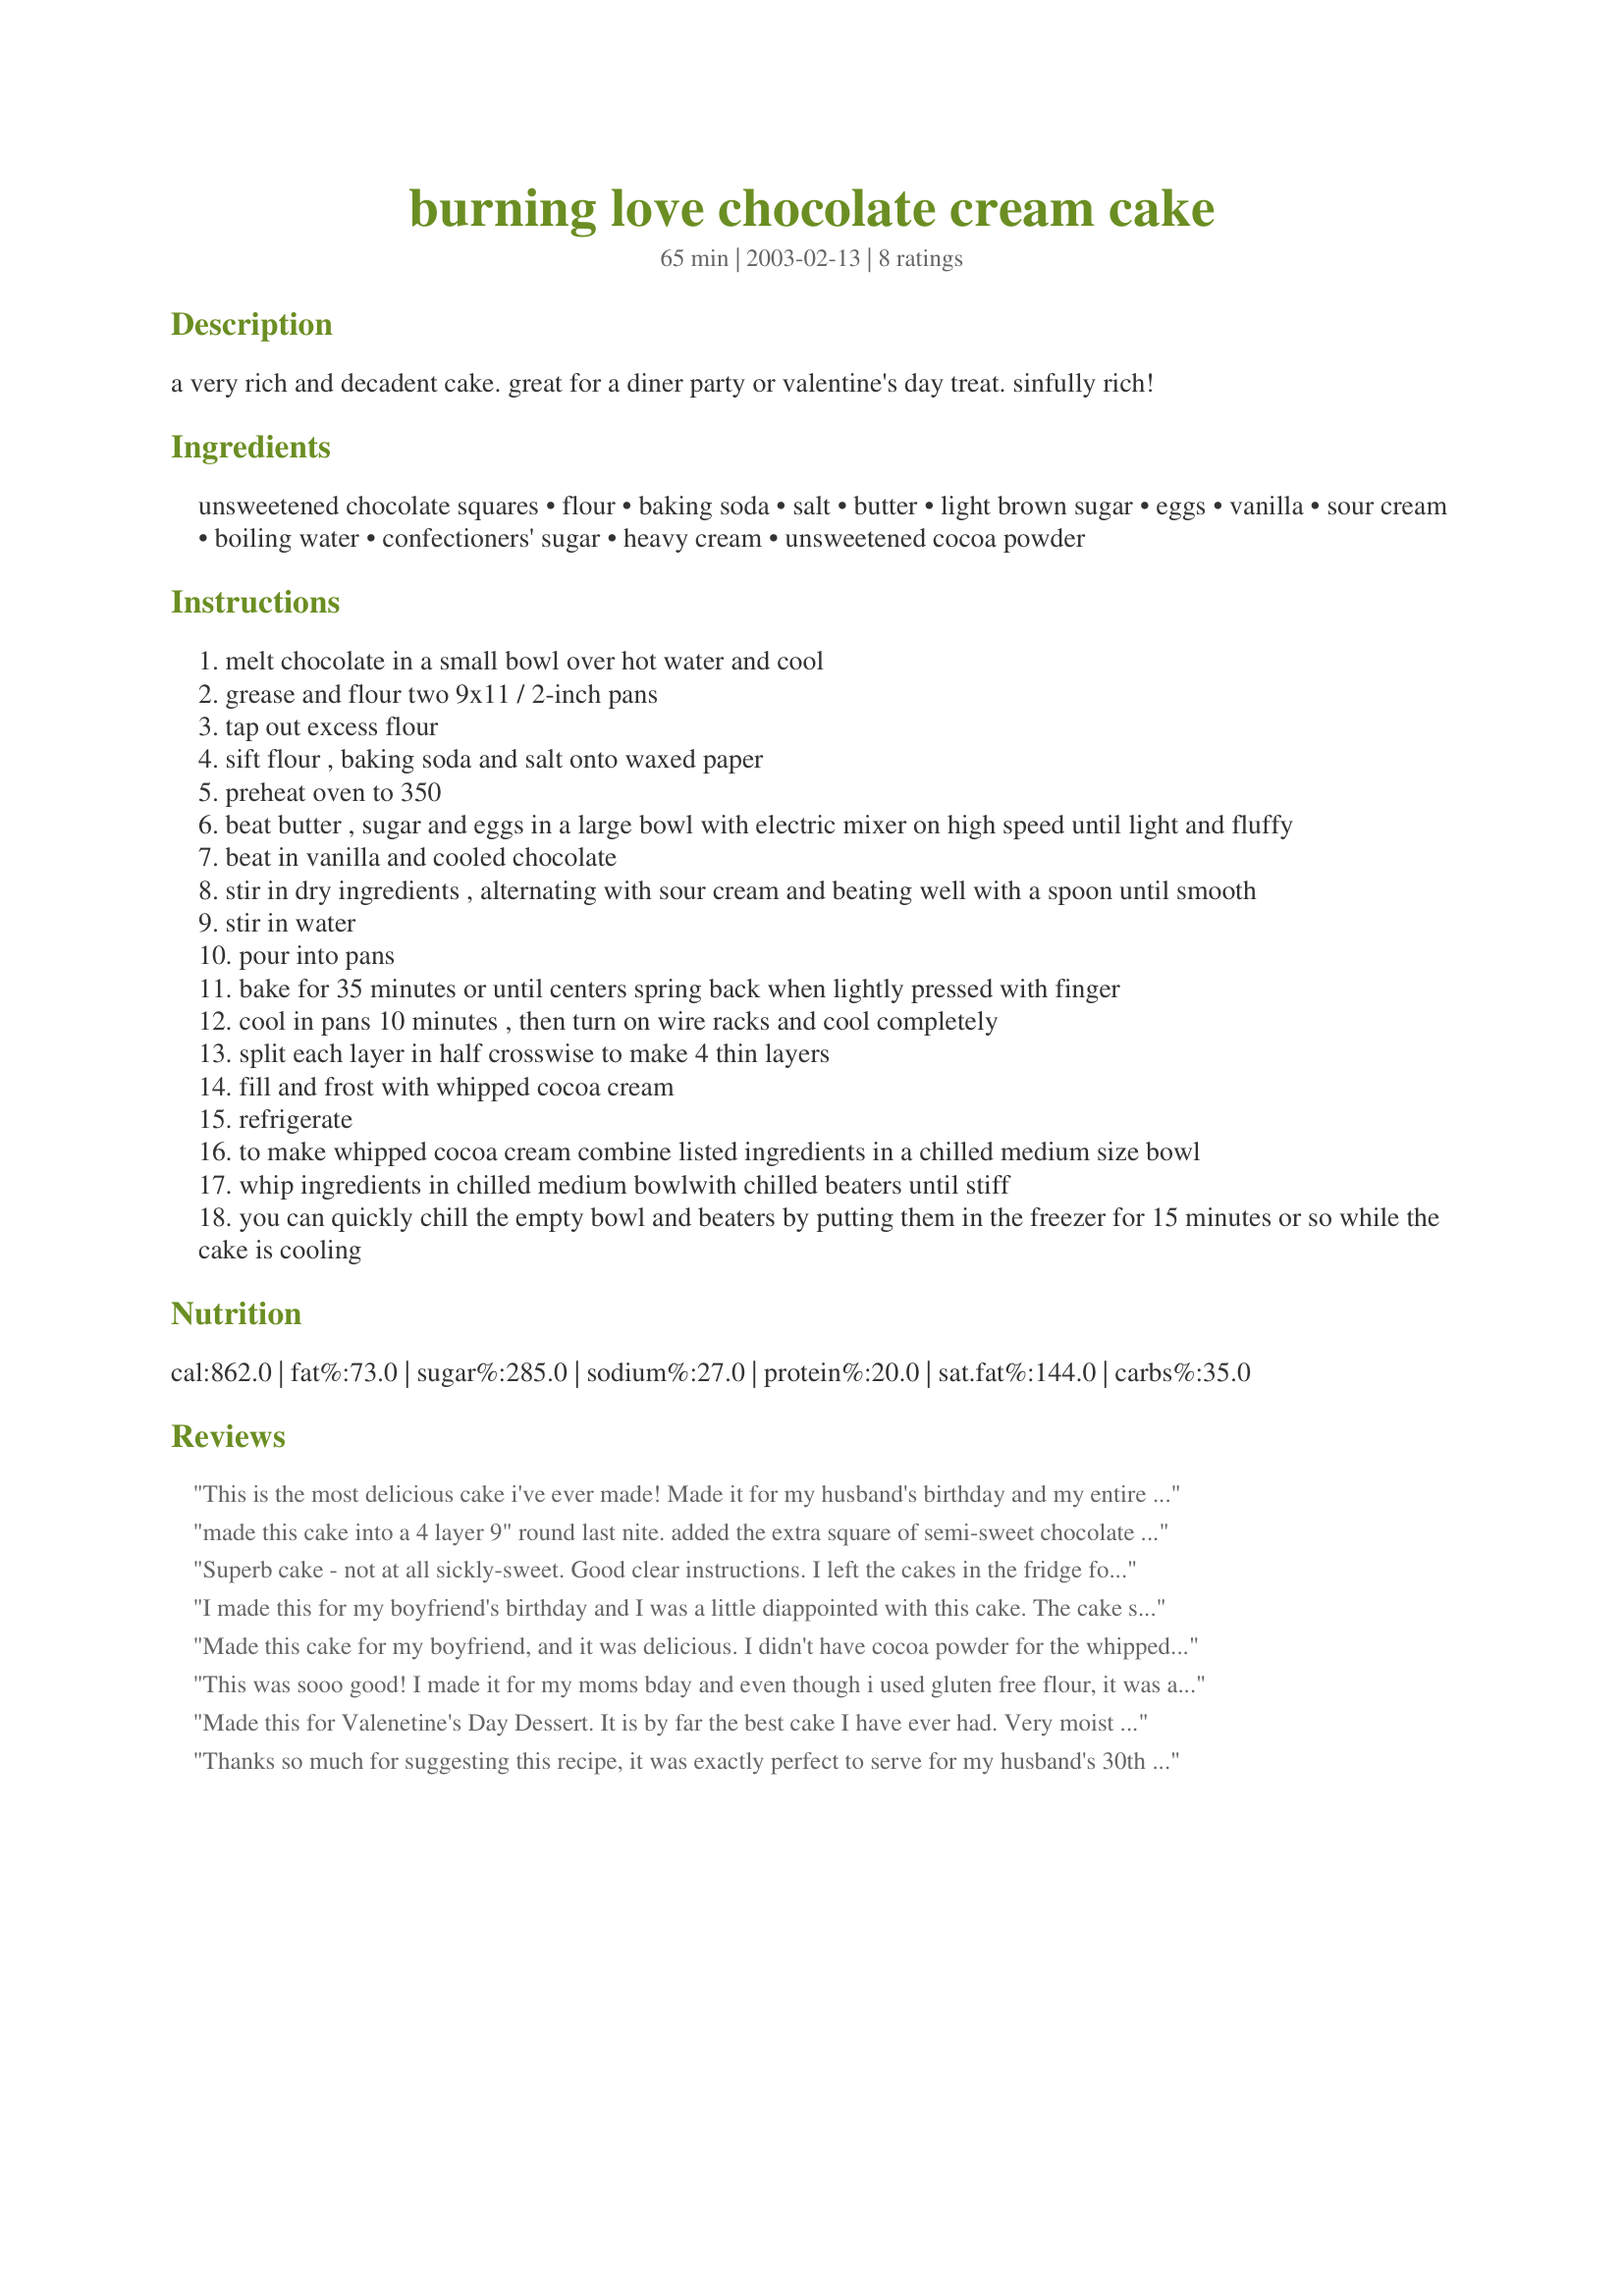
burning love chocolate cream cake
Preparation time: 65 minutes

a very rich and decadent cake. great for a diner party or valentine's day treat. sinfully rich!

Ingredients:
unsweetened chocolate squares, flour, baking soda, salt, butter, light brown sugar, eggs, vanilla, sour cream, boiling water, confectioners' sugar, heavy cream, unsweetened cocoa powder

Steps:
melt chocolate in a small bowl over hot water and cool
grease and flour two 9x11 / 2-inch pans
tap out excess flour
sift flour , baking soda and salt onto waxed paper
preheat oven to 350
beat butter , sugar and eggs in a large bowl with electric mixer on high speed until light and fluffy
beat in vanilla and cooled chocolate
stir in dry ingredients , alternating with sour cream and beating well with a spoon until smooth
stir in water
pour into pans
bake for 35 minutes or until centers spring back when lightly pressed with finger
cool in pans 10 minutes , then turn on wire racks and cool completely
split each layer in half crosswise to make 4 thin layers
fill and frost with whipped cocoa cream
refrigerate
to make whipped cocoa cream combine listed ingredients in a chilled medium size bowl
whip ingredients in chilled medium bowlwith chilled beaters until stiff
you can quickly chill the empty bowl and beaters by putting them in the freezer for 15 minutes or so while the cake is cooling

Reviews:
This is the most delicious cake i've ever made! Made it for my husband's birthday and my entire family raved about the cake. It's light & fluffy with just the right amount of sweetness. I used Milk Chocolate instead of unsweetened squares. The icing is excellent!! Will be making this cake a lot in the future.
made this cake into a 4 layer 9" round last nite. added the extra square of semi-sweet chocolate in... added 60% bittersweet ghiradelli morsels into the layers/batter... and when frosted, drizzled melted semi-sweet chocolate all over and toffee chips to lightly garnish perimeter of cake top. DECADENT! I'm quite the chocoholic myself.
Superb cake - not at all sickly-sweet. Good clear instructions. I left the cakes in the fridge for a while before splitting them as I felt it would be easier when they were really cold. Enjoyed by nine people so I got lots of compliments!! Thanks Steve!
I made this for my boyfriend's birthday and I was a little diappointed with this cake. The cake seemes a little chalky to me, despite using good quality chocolate. And I was careful not to overmix the topping, but I didn't like the texture that it had. It's wasn't as fluffy or smooth as I would have liked. I may try this cake again and make some adjustments.
Made this cake for my boyfriend, and it was delicious. I didn't have cocoa powder for the whipped cream, so I just grated some dark chocolate and used that instead. Pictures are attached. Decorated it with chocolate shavings and strawberries. <br/><br/>I also chopped up strawberries and mixed them in with the cream I used for the filling in between layers. So good!<br/><br/>Tip - this cake is much better at room temperature. The first slice I had was when I took it out of the fridge and the cake was a little dry. I had more the next morning, and had left the cake out on the counter. It was so much better!
This was sooo good! I made it for my moms bday and even though i used gluten free flour, it was awesome! I got compliments all around, and one of my sisters even thought it was a regular cake!!
Made this for Valenetine's Day Dessert. It is by far the best cake I have ever had. Very moist and fairly easy to make. I am a chocolate freak so I melted one extra square (making it 4)of unsweetened chocolate into the cake batter. YUM!!
Thanks so much for suggesting this recipe, it was exactly perfect to serve for my husband's 30th birthday cake. I made this with milk chocolate baking squares and it was so good. The texture was light and the whip cream frosting was divine. Thanks again!
